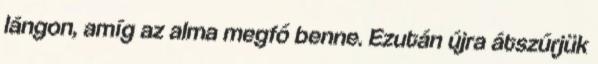
lángon, amíg az alma megfő benne. Ezután újra átszűrjük